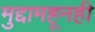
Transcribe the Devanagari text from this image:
मुद्दामहूनही